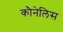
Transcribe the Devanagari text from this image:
कौनेलिस